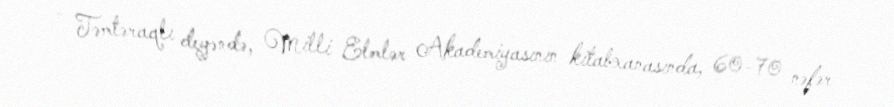
- Təmtəraqlı deyəndə, Milli Elmlər Akademiyasının kitabxanasında, 60-70 nəfər